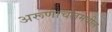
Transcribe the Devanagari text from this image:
अरूणाचलमधील